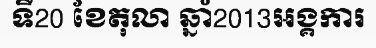
ទី20 ខែតុលា ឆ្នាំ2013អង្គការ